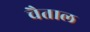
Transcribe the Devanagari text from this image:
चैताल